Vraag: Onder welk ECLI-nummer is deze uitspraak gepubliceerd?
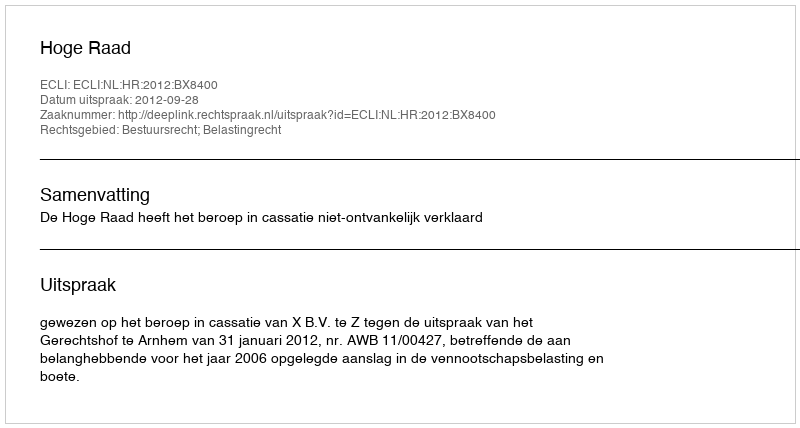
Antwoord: ECLI:NL:HR:2012:BX8400